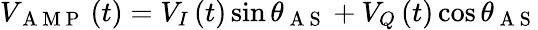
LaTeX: V_{\mathrm{~A~M~P~}}\left(t\right)=V_{I}\left(t\right)\sin\theta_{\mathrm{~A~S~}}+V_{Q}\left(t\right)\cos\theta_{\mathrm{~A~S~}}